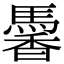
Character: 𩤹